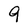
Character: 9